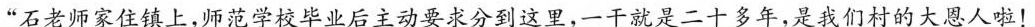
石老师家住镇上，师范学校毕业后主动要求分到这里，一干就是二十多年，是我们村的大恩人啦！